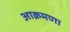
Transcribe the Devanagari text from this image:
आक्रमणा